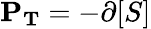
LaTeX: \mathbf{P_{T}}=-\mathbf{\partial}[S]